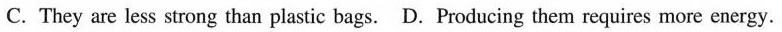
C. They are less strong than plastic bags. D. Producing them requires more energy